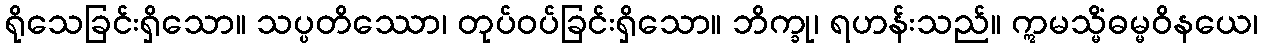
ရိုသေခြင်းရှိသော။ သပ္ပတိဿော၊ တုပ်ဝပ်ခြင်းရှိသော။ ဘိက္ခု၊ ရဟန်းသည်။ ဣမသ္မိံဓမ္မဝိနယေ၊